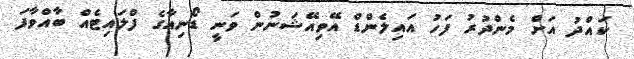
ކައްދު އަށް މެންދުރު ފަހު އައިލެންޑް އޭވިއޭޝަނުން ވަނީ ޑޯނިއާގެ ފްލައިޓެއް ބާއްވާފަ